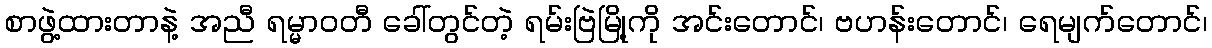
စာဖွဲ့ထားတာနဲ့ အညီ ရမ္မာဝတီ ခေါ်တွင်တဲ့ ရမ်းဗြဲမြို့ကို အင်းတောင်၊ ဗဟန်းတောင်၊ ရေမျက်တောင်၊